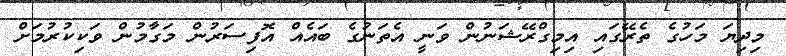
މިދިޔަ މަހުގެ ތެރޭގައި އިމިގްރޭޝަނުން ވަނީ އެތަނުގެ ބައެއް އޮފިސަރުން މަގާމުން ވަކިކުރުމަށް